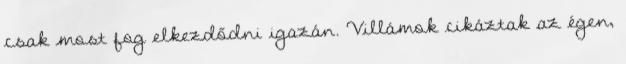
csak most fog elkezdődni igazán. Villámok cikáztak az égen,